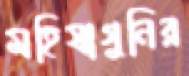
মহিষাগুনির